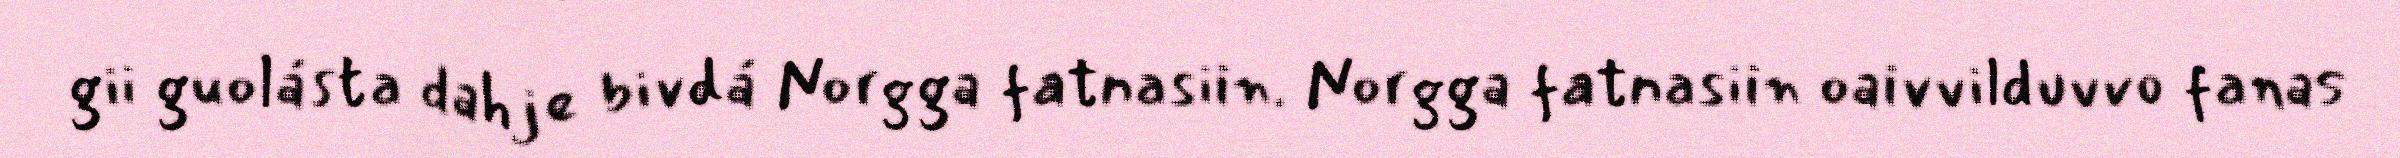
gii guolásta dahje bivdá Norgga fatnasiin. Norgga fatnasiin oaivvilduvvo fanas